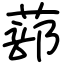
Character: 蔀